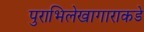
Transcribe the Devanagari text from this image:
पुराभिलेखागाराकडे